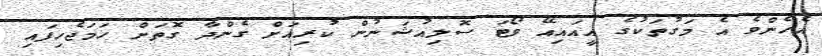
އެހެންވެ އެ މަގުތަކުގެ އީއައިއޭ ވޯޓަ ސޮލިއުޝަނުން ކުރިއަށް ގެންދާ ގޮތަށް ހަމަޖެހިފައި